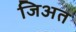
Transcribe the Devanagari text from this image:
जिअत